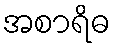
အစာရိဓ